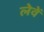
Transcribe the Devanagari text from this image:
लेवें